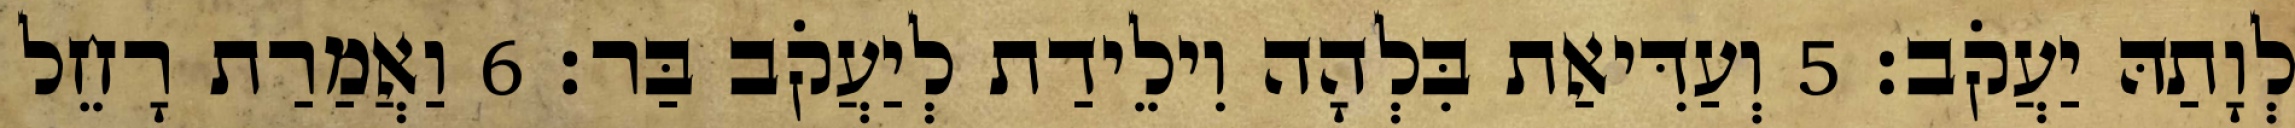
לְוָתַהּ יַעֲקֹב׃ 5 וְעַדִּיאַת בִּלְהָה וִילֵידַת לְיַעֲקֹב בַּר׃ 6 וַאֲמַרַת רָחֵל